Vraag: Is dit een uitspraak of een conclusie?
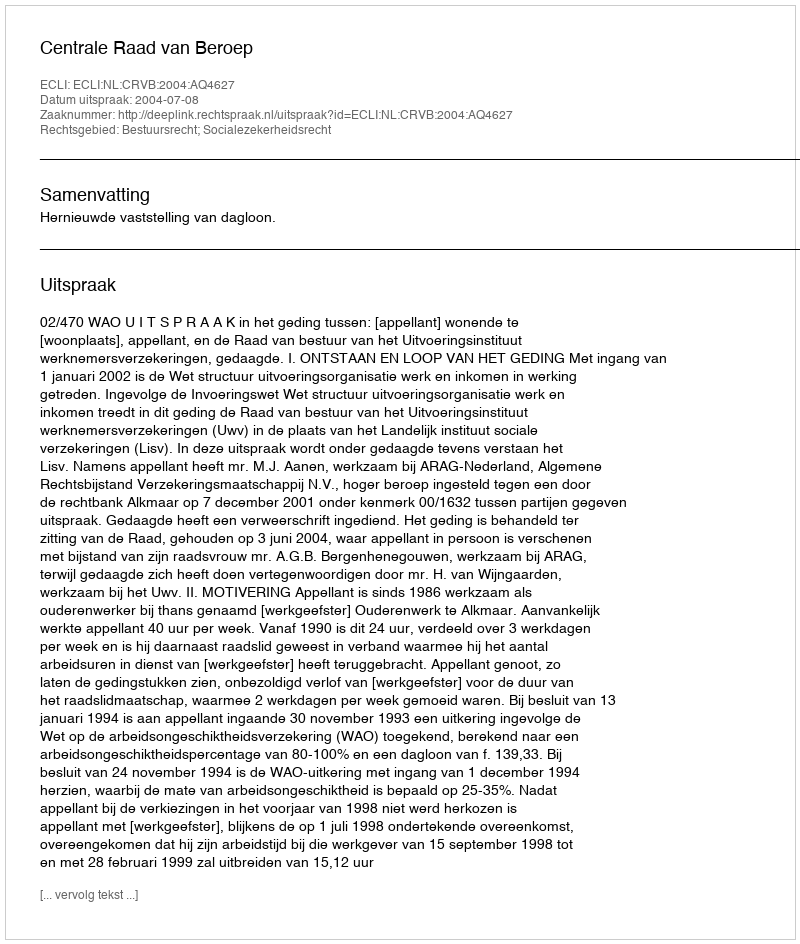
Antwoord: Uitspraak